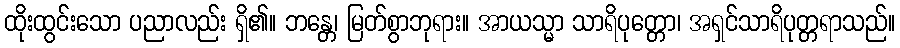
ထိုးထွင်းသော ပညာလည်း ရှိ၏။ ဘန္တေ၊ မြတ်စွာဘုရား။ အာယသ္မာ သာရိပုတ္တော၊ အရှင်သာရိပုတ္တရာသည်။